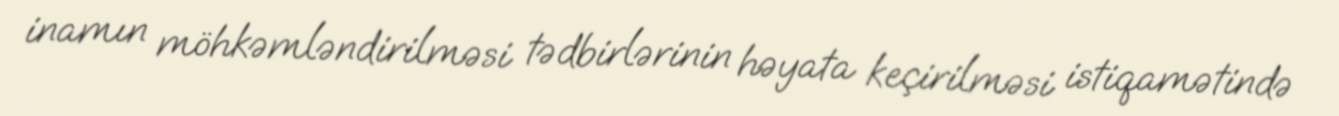
inamın möhkəmləndirilməsi tədbirlərinin həyata keçirilməsi istiqamətində